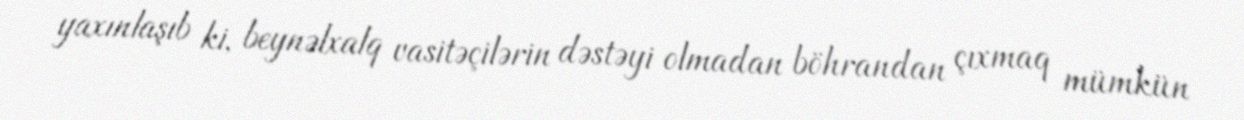
yaxınlaşıb ki, beynəlxalq vasitəçilərin dəstəyi olmadan böhrandan çıxmaq mümkün